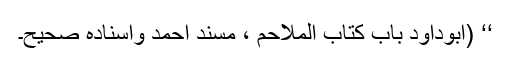
‘‘ (ابوداؤد باب کتاب الملاحم ، مسندِ احمد واسنادہ صحیح۔